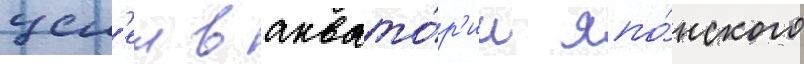
цел'еи в аквато́р'ии япо́нского